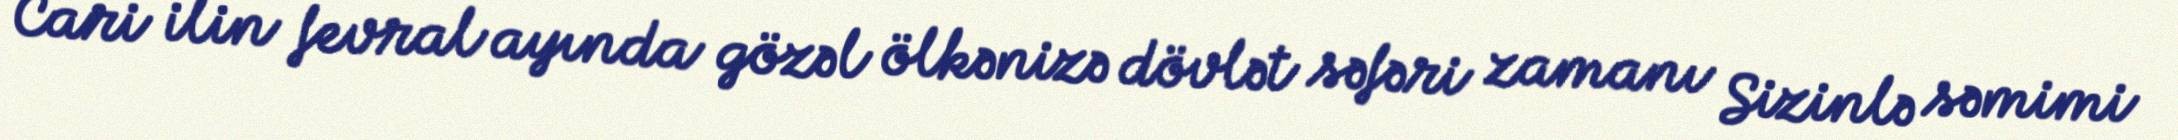
Cari ilin fevral ayında gözəl ölkənizə dövlət səfəri zamanı Sizinlə səmimi